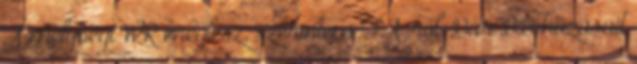
A mélységi WR meglesz, szerintem FA-ról. Bár BB húzásait